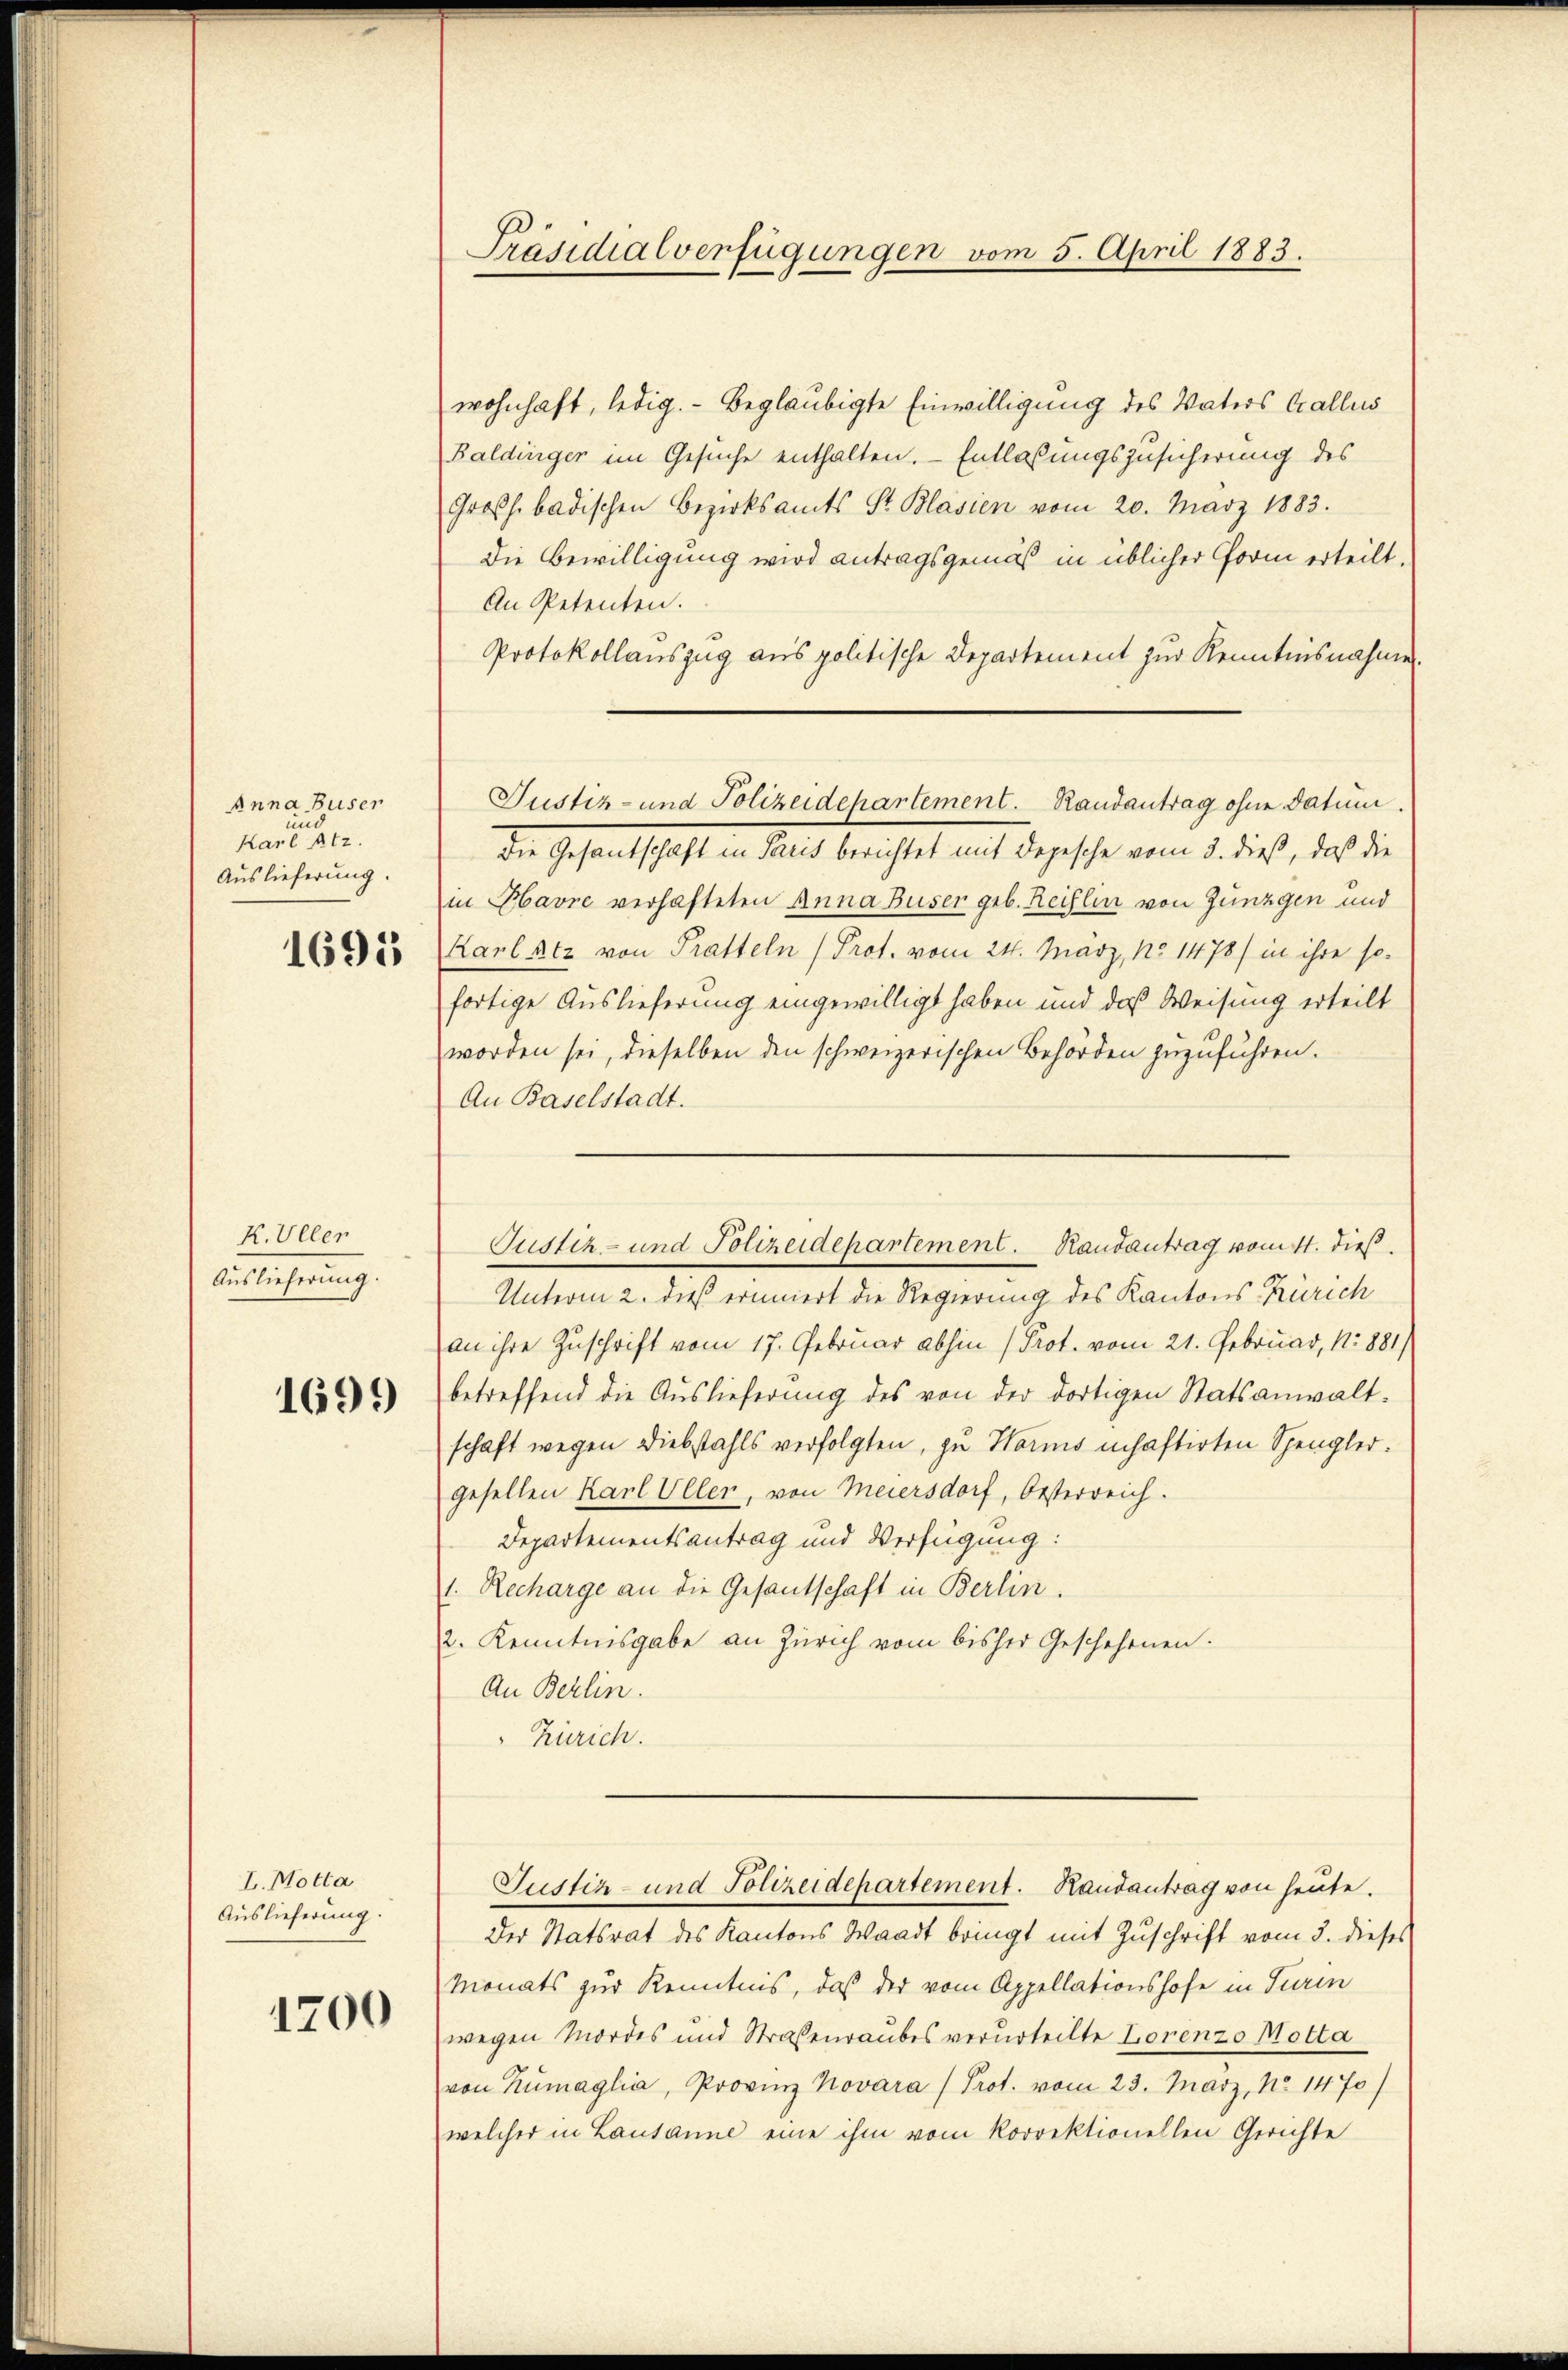
Anna Buser
Karten etz.
Auslieferung.

1691

K. Uller
Auslieferung.

1699

I. Motta
Auslieferung.

1200

Präsidialverfügungen vom 5. April 1883.

wohnhaft, ledig. Beglaubigte Einwilligung des Vaters Callus
Baldinger im Gesuche enthalten. Entlaßungszusicherung des
Großh. badischen Bezirksamts St. Blasien vom 20. März 1883.
Die Bewilligung wird antragsgemäß in üblicher Form erteilt.
An Petenten.
Protokollauszug aus politische Departement zur Kenntnisnahmen
Die Gesantschaft in Paris berichtet mit Depesche vom 3. dieß, daß die
in Havre verhafteten Anna Buser geb. Reiflen von Junggen und
Karlatz von Tratteln (Prof. vom 24. März, No 1478) in ihre sofortige Auslieferung eingewilligt haben und daß Weisung erteilt
worden sei, dieselben den schweizerischen Behörden zuzuführen.
An Baselstadt.
Unterm 2. dieß erinnert die Regierung des Kantons Zürich
an ihre Zuschrift vom 17. Februar abhin (Prot. vom 21. Februar, 1881/
betreffend die Auslieferung des von der dortigen Statsanwalt-
schaft wegen Diebstahls verfolgten, zu Worms inhaftirten Spengler.
gesellen Karl Uller, von Meiersdorf, Oesterreich.
Departementsantrag und Verfügung:
1. Recharge an die Gesantschaft in Berlin.
2. Kenntnisgabe an Zürich vom bisher Geschehenen.
An Berlin.
Zürich.
Justiz- und Polizeidepartement. Handantrag von heute.
Der Statsrat des Kantons Waadt bringt mit Zuschrift vom 3. dieses
Monats zur Kenntnis, daß der vom Appellationshofe in Turin
wegen Mordes und Straßenraubes verurteilte Lorenzo Motta
von Rumaglia, Provinz Novara (Prot. vom 23. März, No 1470)
welcher in Lausanne eine ihm vom korrektionellen Gerichte

Justiz- und Polizeidepartement. Randantrag ohne datum.

Justiz- und Polizeidepartement. Randantrag vom 11. dieß.